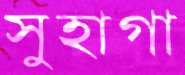
সুহাগা